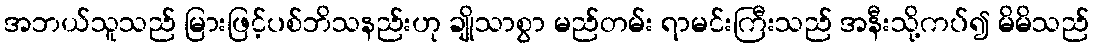
အဘယ်သူသည် မြားဖြင့်ပစ်ဘိသနည်းဟု ချိုသာစွာ မည်တမ်း ရာမင်းကြီးသည် အနီးသို့ကပ်၍ မိမိသည်